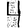
Digit: 4